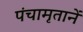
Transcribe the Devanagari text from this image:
पंचामृतानें